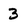
Character: 3